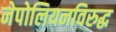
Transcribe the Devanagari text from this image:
नेपोलियनविरुद्ध